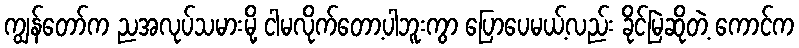
ကျွန်တော်က ညအလုပ်သမားမို့ ငါမလိုက်တော့ပါဘူးကွာ ပြောပေမယ့်လည်း ခိုင်မြဲဆိုတဲ့ ကောင်က